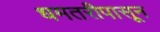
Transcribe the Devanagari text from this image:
धमतरीपासून